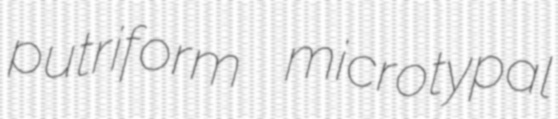
putriform microtypal